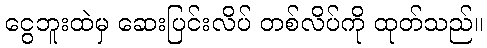
ငွေဘူးထဲမှ ဆေးပြင်းလိပ် တစ်လိပ်ကို ထုတ်သည်။